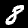
Label: 8